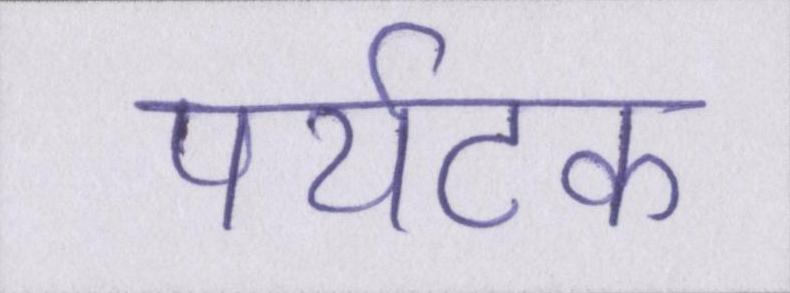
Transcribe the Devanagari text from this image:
पर्यटक